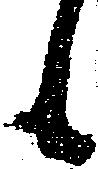
候